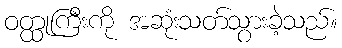
ဝတ္ထုကြီးကို အဆုံးသတ်သွားခဲ့သည်။